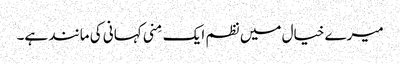
میرے خیال میں نظم ایک مِنی کہانی کی مانند ہے۔